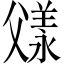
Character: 𬋼